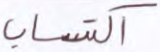
اكتساب